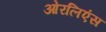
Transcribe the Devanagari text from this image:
ओरलिएंस